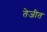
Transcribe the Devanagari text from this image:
तेजीत